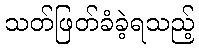
သတ်ဖြတ်ခံခဲ့ရသည့်